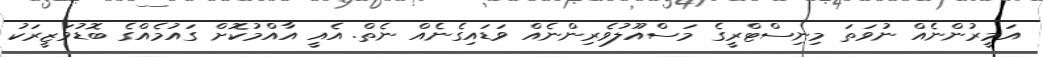
އަމީރުންނެއް ނުވަތަ މިނިސްޓްރީގެ މަސްއޫލުވެރިންނެއް ވަޑައިގެނެއް ނެތް. އެއީ އާއްމުކޮށް ގައުމެއްގެ ބޮޑުވަޒީރަކު